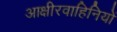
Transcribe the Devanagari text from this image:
आक्षीरवाहिनियों